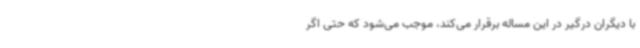
با دیگران درگیر در این مساله برقرار می‌کند، موجب می‌شود که حتی اگر